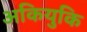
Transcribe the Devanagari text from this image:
अकियुकि